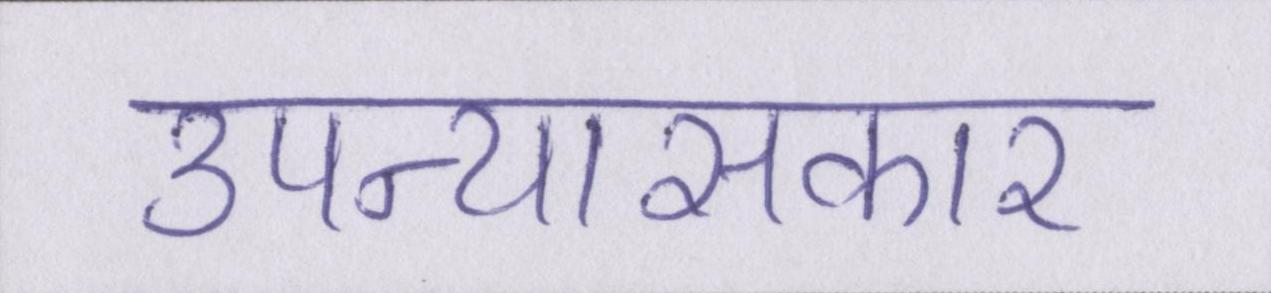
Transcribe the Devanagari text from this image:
उपन्यासकार